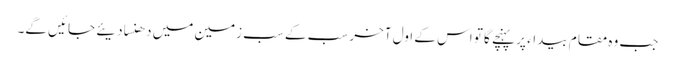
جب وہ مقام بیداء پر پہنچے گا تو اس کے اول آخر سب کے سب زمین میں دھنسا دیئے جائیں گے۔